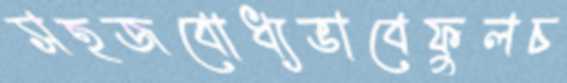
সহজবোধ্যভাবেফুলচ